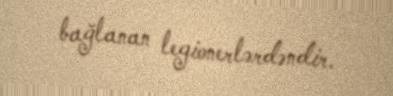
bağlanan legionerlərdəndir.